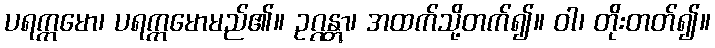
ပရက္ကမော၊ ပရက္ကမောမည်၏။ ဥဂ္ဂန္တွာ၊ အထက်သို့တက်၍။ ဝါ၊ တိုးတတ်၍။